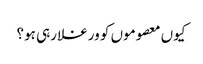
کیوں معصوموں کو ورغلا رہی ہو؟